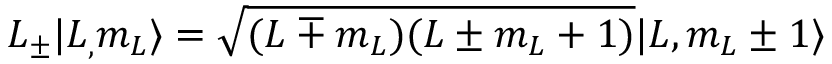
L _ { \pm } | L _ { , } m _ { L } \rangle = { \sqrt { ( L \mp m _ { L } ) ( L \pm m _ { L } + 1 ) } } | L , m _ { L } \pm 1 \rangle